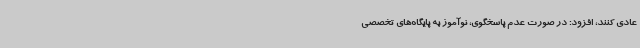
عادی کنند، افزود: در صورت عدم پاسخگوی، نوآموز به پایگاه‌های تخصصی